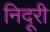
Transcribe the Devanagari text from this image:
निदूरी